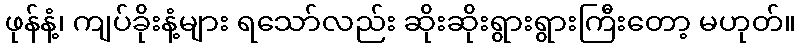
ဖုန်နံ့၊ ကျပ်ခိုးနံ့များ ရသော်လည်း ဆိုးဆိုးရွားရွားကြီးတော့ မဟုတ်။